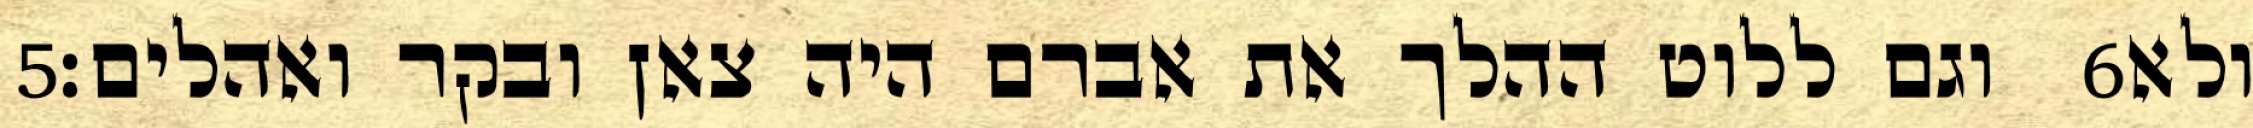
‎5‏ וגם ללוט ההלך את אברם היה צאן ובקר ואהלים׃ ‎6‏ ולא